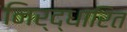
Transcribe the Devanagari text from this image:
निर्द्धारित